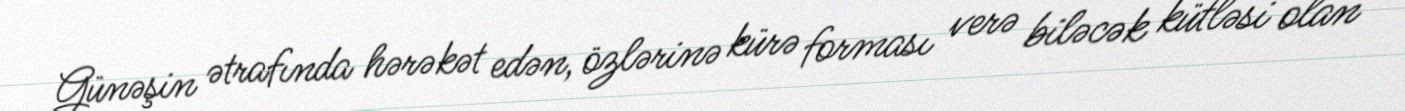
Günəşin ətrafında hərəkət edən, özlərinə kürə forması verə biləcək kütləsi olan